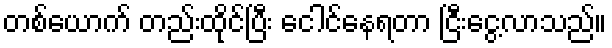
တစ်ယောက် တည်းထိုင်ပြီး ငေါင်နေရတာ ငြီးငွေ့လာသည်။